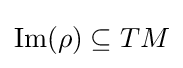
\mathrm {Im} (\rho )\subseteq TM